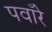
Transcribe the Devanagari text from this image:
पवाँरे